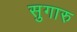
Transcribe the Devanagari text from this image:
सुगारु